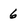
Character: 6